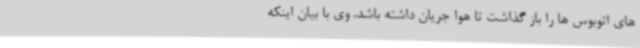
های اتوبوس ها را باز گذاشت تا هوا جریان داشته باشد. وی با بیان اینکه